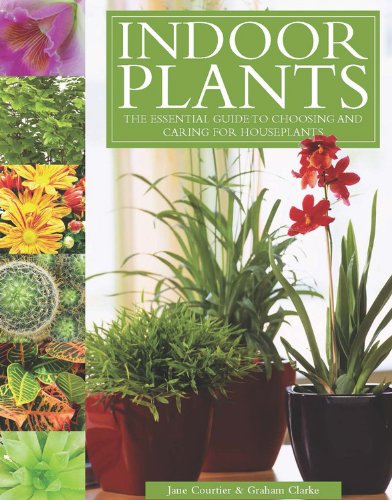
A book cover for Indoor Plants: The Essential Guide to Choosing and Caring for Houseplants; Graham Clarke; Crafts, Hobbies & Home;